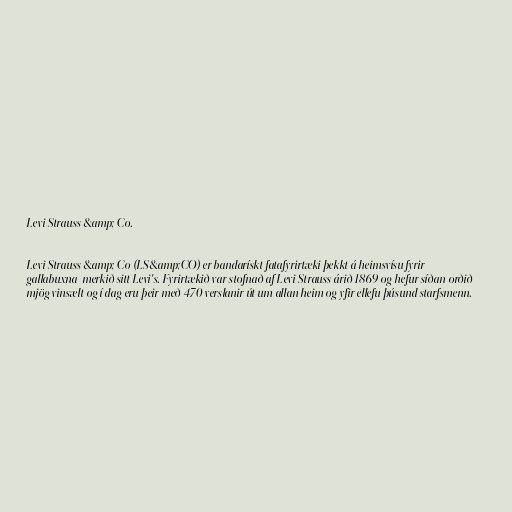
Levi Strauss &amp; Co.

Levi Strauss &amp; Co (LS&amp;CO) er bandarískt fatafyrirtæki þekkt á heimsvísu fyrir
gallabuxna-merkið sitt Levi's. Fyrirtækið var stofnað af Levi Strauss árið 1869 og hefur síðan orðið
mjög vinsælt og í dag eru þeir með 470 verslanir út um allan heim og yfir ellefu þúsund starfsmenn.